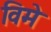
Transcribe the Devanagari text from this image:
विमे